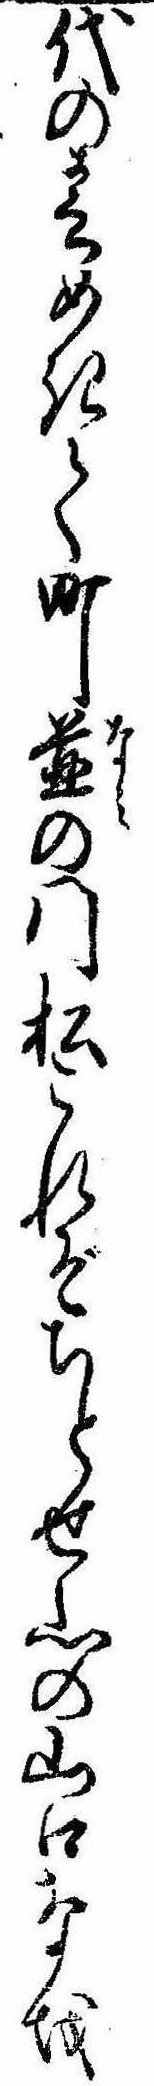
代の春めきて町並の門松これぞちとせ山の山口なを